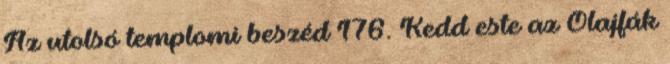
Az utolsó templomi beszéd 176. Kedd este az Olajfák